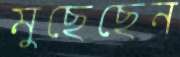
মুছেছেন